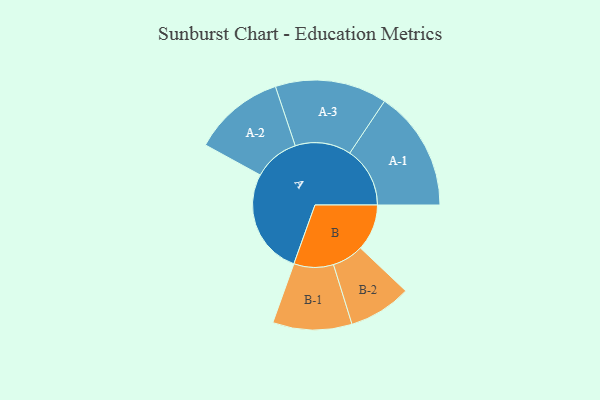
{"axis": {"x": "Segment", "y": "Value"}, "legend": ["", "A", "B"], "data": [{"x": "A", "y": 479, "type": ""}, {"x": "B", "y": 210, "type": ""}, {"x": "A-1", "y": 272, "type": "A"}, {"x": "A-2", "y": 207, "type": "A"}, {"x": "A-3", "y": 253, "type": "A"}, {"x": "B-1", "y": 179, "type": "B"}, {"x": "B-2", "y": 142, "type": "B"}]}